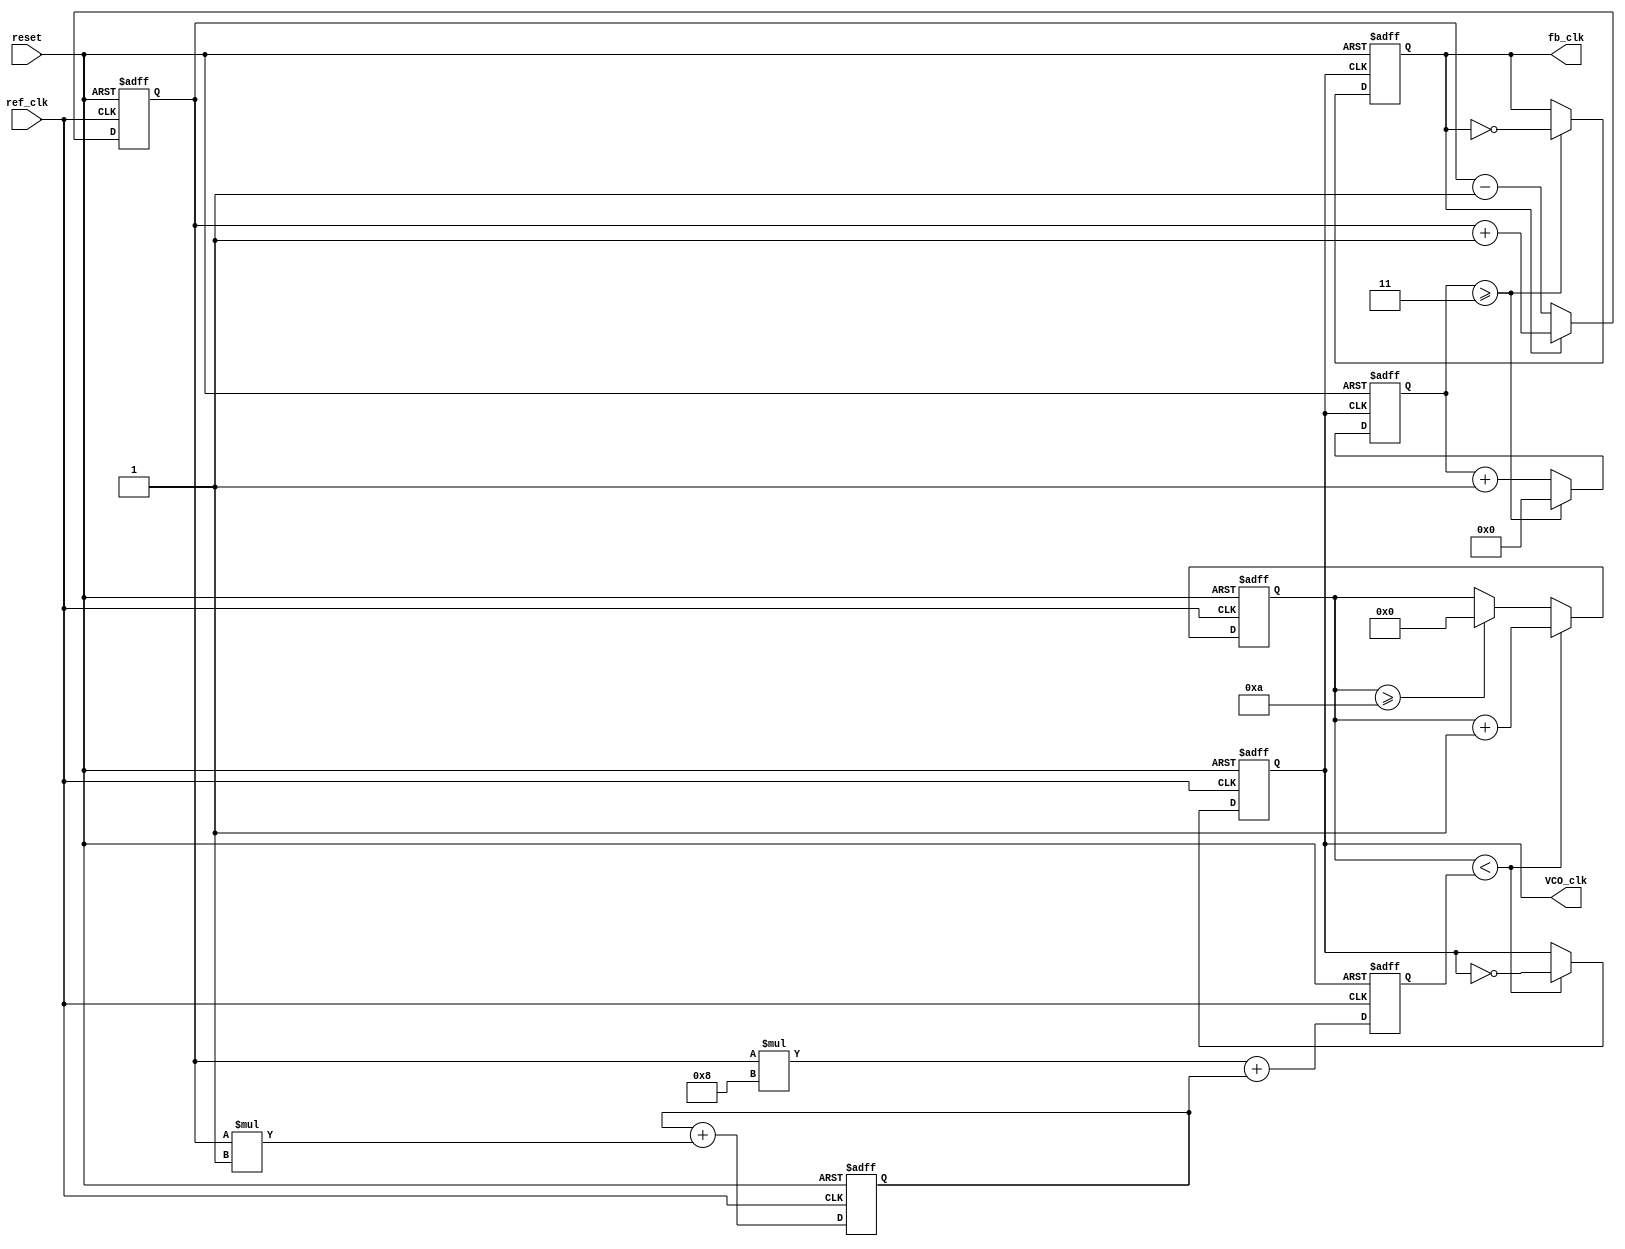
module DPLL (
    input wire ref_clk,           // Reference clock input
    input wire reset,            // Reset signal
    output reg VCO_clk,          // VCO output clock
    output wire fb_clk           // Feedback clock output
);

    // Parameters
    parameter N = 4;             // Feedback divider factor (optional)
    parameter Kp = 8;            // Proportional gain for loop filter
    parameter Ki = 1;            // Integral gain for loop filter
    parameter DELAY = 10;        // Delay for the VCO clock generation

    // State variables
    reg [31:0] phase_error;      // Phase error from Phase Detector
    reg [31:0] Vctrl;            // Control voltage
    reg [31:0] integral;         // Integral part of the loop filter
    reg [31:0] count;            // VCO clock count

    // Phase Detector: Compare phase of ref_clk and feedback clock (fb_clk)
    always @(posedge ref_clk or posedge reset) begin
        if (reset) begin
            phase_error <= 0;
        end else begin
            if (fb_clk) begin
                phase_error <= phase_error + 1;  // Positive phase error
            end else begin
                phase_error <= phase_error - 1;  // Negative phase error
            end
        end
    end

    // Loop Filter: PI Filter implementation
    always @(posedge ref_clk or posedge reset) begin
        if (reset) begin
            Vctrl <= 0;
            integral <= 0;
        end else begin
            integral <= integral + (phase_error * Ki);
            Vctrl <= (phase_error * Kp) + integral; // PI control
        end
    end

    // Voltage-Controlled Oscillator (VCO)
    always @(posedge ref_clk or posedge reset) begin
        if (reset) begin
            count <= 0;
            VCO_clk <= 0;
        end else begin
            if (count < Vctrl) begin
                VCO_clk <= ~VCO_clk; // Toggle VCO clock
                count <= count + 1;
            end else if (count >= DELAY) begin
                count <= 0; // Reset counter
            end
        end
    end

    // Feedback Divider (optional)
    reg [N-1:0] fb_count;        // Counter for feedback division
    always @(posedge VCO_clk or posedge reset) begin
        if (reset) begin
            fb_count <= 0;
            fb_clk <= 0;
        end else begin
            fb_count <= fb_count + 1;
            if (fb_count >= (N - 1)) begin
                fb_count <= 0;
                fb_clk <= ~fb_clk; // Toggle feedback clock
            end
        end
    end

endmodule